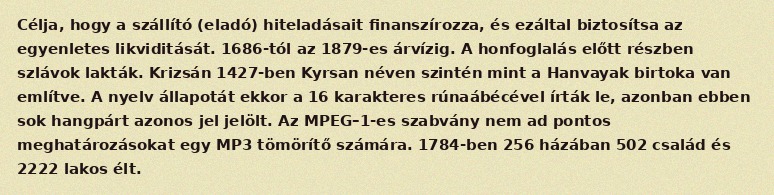
Célja, hogy a szállító (eladó) hiteladásait finanszírozza, és ezáltal biztosítsa az egyenletes likviditását. 1686-tól az 1879-es árvízig. A honfoglalás előtt részben szlávok lakták. Krizsán 1427-ben Kyrsan néven szintén mint a Hanvayak birtoka van említve. A nyelv állapotát ekkor a 16 karakteres rúnaábécével írták le, azonban ebben sok hangpárt azonos jel jelölt. Az MPEG–1-es szabvány nem ad pontos meghatározásokat egy MP3 tömörítő számára. 1784-ben 256 házában 502 család és 2222 lakos élt.